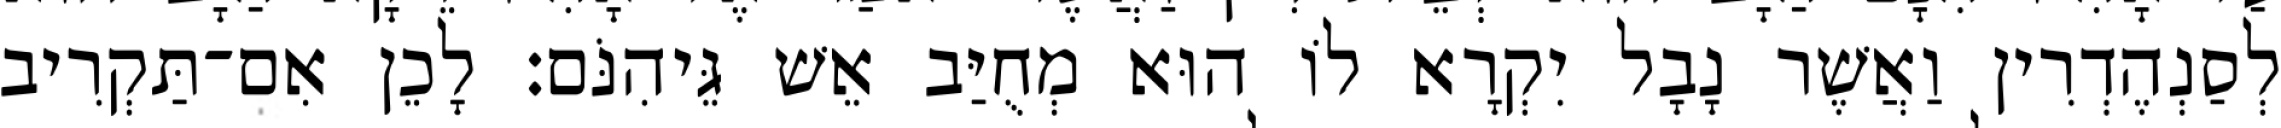
לְסַנְהֶדְרִין וַאֲשֶׁר נָבָל יִקְרָא לוֹ הוּא מְחֻיַּב אֵשׁ גֵּיהִנֹּם׃ לָכֵן אִם־תַּקְרִיב